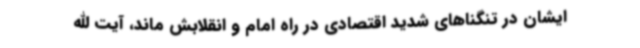
ایشان در تنگناهای شدید اقتصادی در راه امام و انقلابش ماند، آیت الله